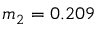
m _ { 2 } = 0 . 2 0 9